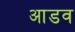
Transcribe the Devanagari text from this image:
आडव